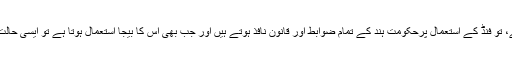
دیکھئے، جہاں تک فنڈ کے بیجا استعمال کی بات ہے، تو فنڈ کے استعمال پرحکومت ہند کے تمام ضوابط اور قانون نافذ ہوتے ہیں اور جب بھی اس کا بیجا استعمال ہوتا ہے تو ایسی حالت میں اس کو یہ کہا جائے گا کہ یہ استعمال بیجا ہے۔